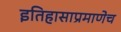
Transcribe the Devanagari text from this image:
इतिहासाप्रमाणेच